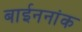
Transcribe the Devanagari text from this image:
बाईननांक